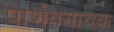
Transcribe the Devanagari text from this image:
पार्शवगायक